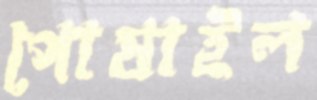
পোষাইল